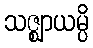
သဇ္ဈာယမ္ပိ